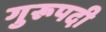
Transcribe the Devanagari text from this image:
गुरूपदी